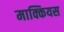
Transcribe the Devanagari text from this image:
माक्कियस